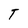
Character: T